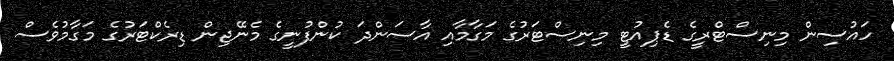
ހައުސިން މިނިސްޓްރީގެ ޑެޕިއުޓީ މިނިސްޓަރުގެ މަގާމާއި އާސަންދަ ކުންފުނީގެ މެނޭޖިން ޑިރެކްޓަރުގެ މަގާމުވެސް